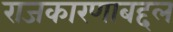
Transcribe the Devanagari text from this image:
राजकारणाबद्दल